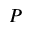
P